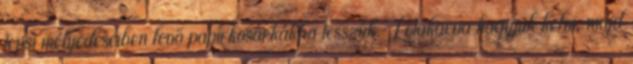
tepsi mélyedéseiben levő papírkosárkákba tesszük. Letakarva hagyjuk kelni, majd